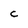
Character: c